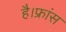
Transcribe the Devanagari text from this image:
है।फ्रांस